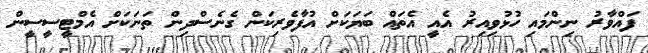
ފައްވާރު ނިންމައި ހުޅުވިއިރު އެއީ އެތައް ބަޔަކަށް އުފާވެރިކަން ގެނެސްދިން ތަނަކަށް އެމްޓީސީސީން